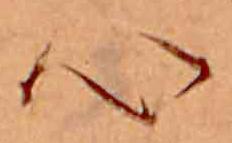
心